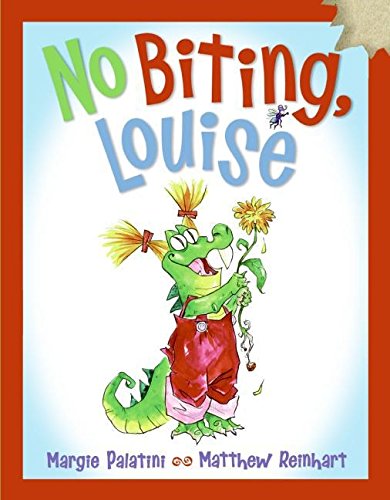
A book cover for No Biting, Louise; Margie Palatini; Children's Books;